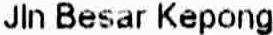
JLN BESAR KEPONG